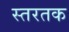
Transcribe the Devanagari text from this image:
स्तरतक